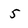
Character: 5